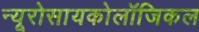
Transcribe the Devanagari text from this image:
न्यूरोसायकोलॉजिकल